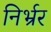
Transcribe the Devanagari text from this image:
निर्भ्रर